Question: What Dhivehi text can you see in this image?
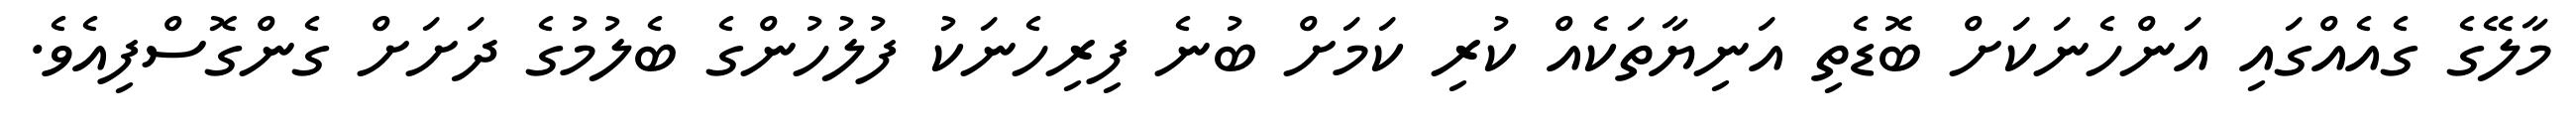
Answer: މާލޭގެ ގެއެއްގައި އަންހެނަކަށް ބޮޑެތި އަނިޔާތަކެއް ކުރި ކަމަށް ބުނެ ފިރިހެނަކު ފުލުހުންގެ ބެލުމުގެ ދަށަށް ގެންގޮސްފިއެވެ.